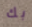
بك